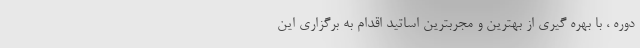
دوره ، با بهره گیری از بهترین و مجربترین اساتید اقدام به برگزاری این